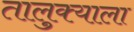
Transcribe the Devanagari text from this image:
तालुक्‍याला